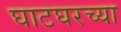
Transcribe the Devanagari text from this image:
घाटघरच्या